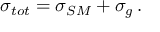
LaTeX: \sigma _ { t o t } = \sigma _ { S M } + \sigma _ { g } \, .